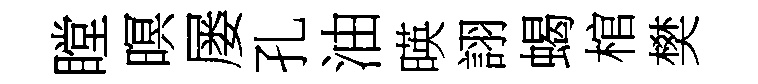
瞠暝屡孔油暎詡蝎棺樊